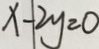
x - 2 y = 0